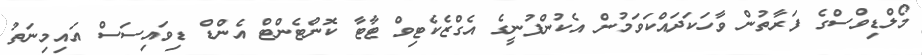
މޯލްޑިވްސްގެ ފަރާތުން ވާހަކަދައްކަވަމުން އެކުންފުނީގެ އެގްޒެކެޓިވް ޓާޓާ ކޮންޓެންޓް އެންޑް ޑިވައިސަސް އައިމިނަތު